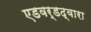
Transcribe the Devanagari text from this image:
एडवर्डद्वारा